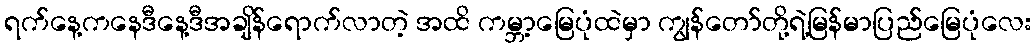
ရက်နေ့ကနေဒီနေ့ဒီအချိန်ရောက်လာတဲ့ အထိ ကမ္ဘာ့မြေပုံထဲမှာ ကျွန်တော်တို့ရဲ့မြန်မာပြည်မြေပုံလေး